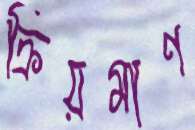
ক্রিয়মাণ